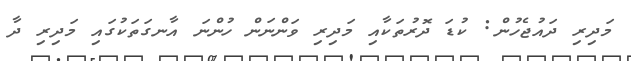
މަދިރި ދައުޖެހުން: ކުޑަ ދޮރުތަކާއި މަދިރި ވަންނަން ހުންނަ އާނގަތަކުގައި މަދިރި ދާ